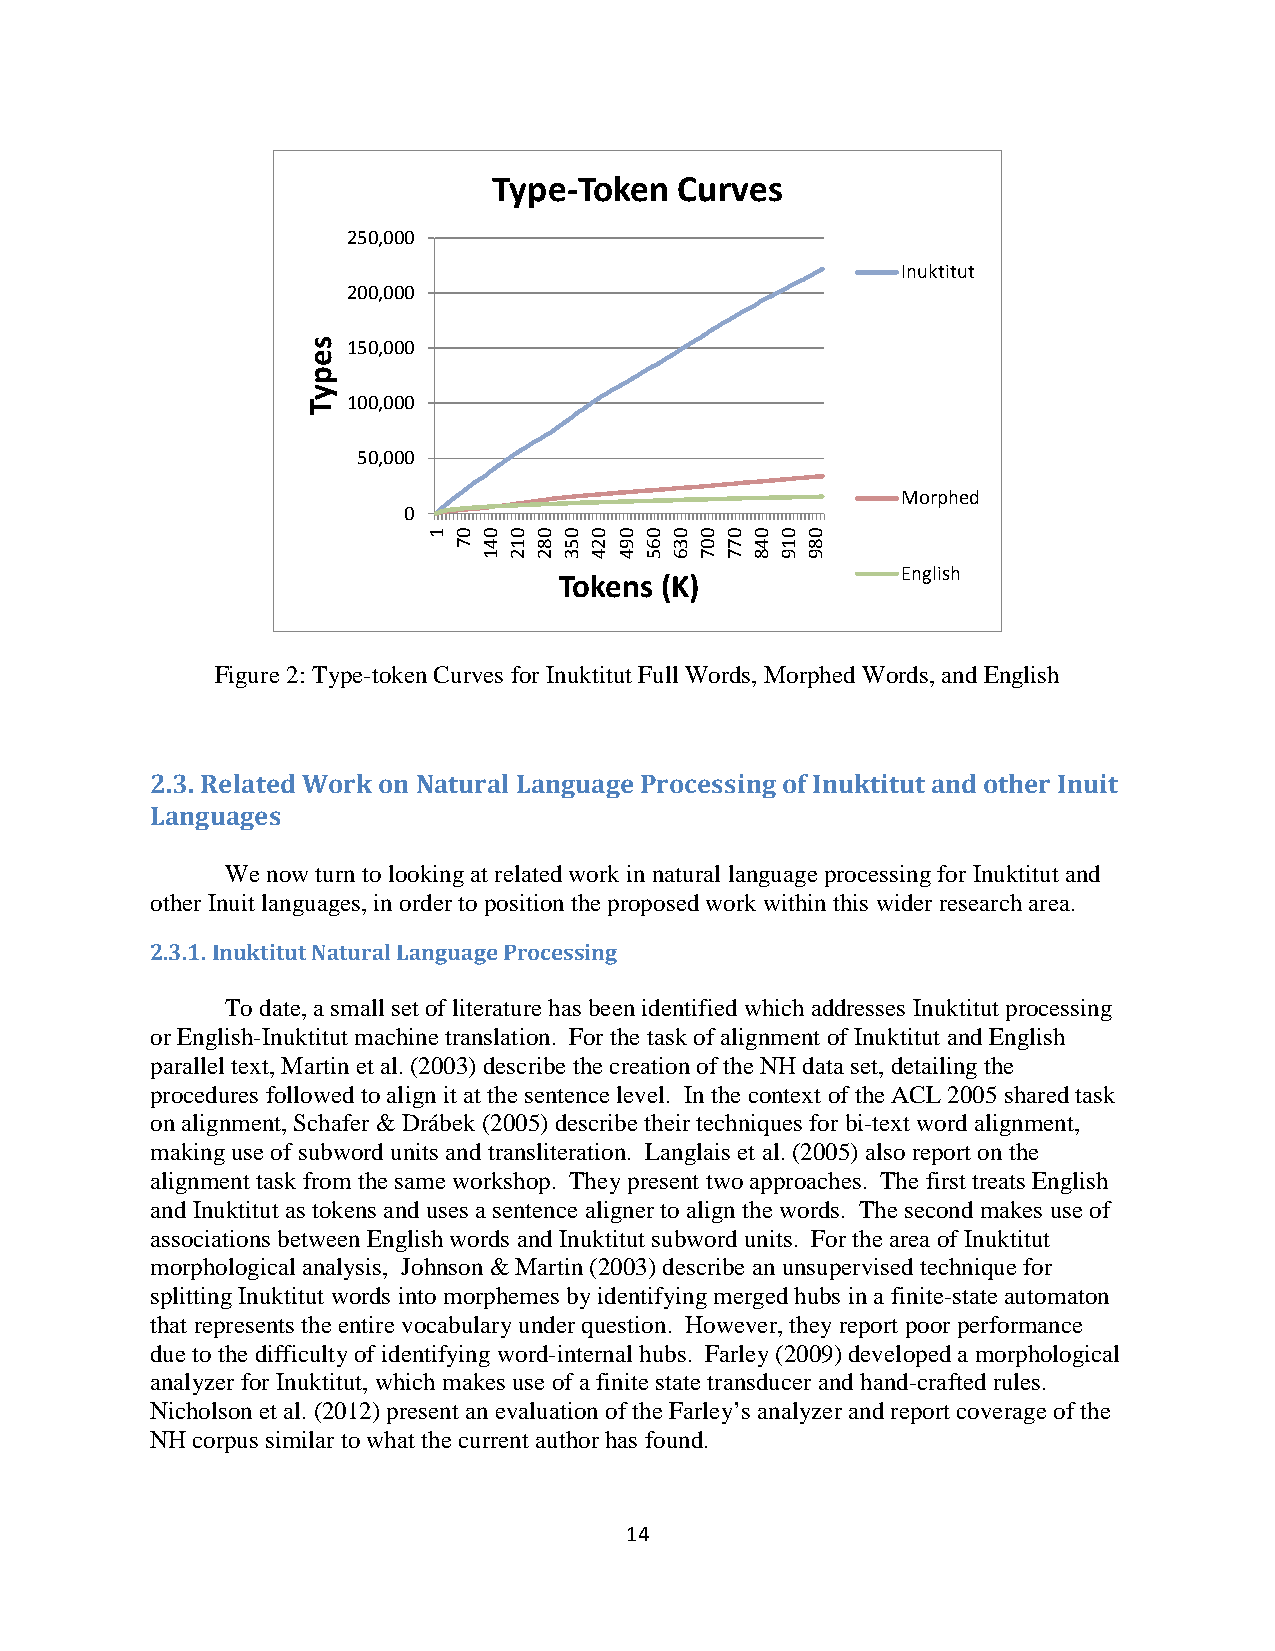
Type-Token  Curves
 250,000
 Inuktitut
 200,000
 Korean
 150,000                              Turkish
 Arabic
 100,000
 German
 50,000                              Chinese
 Morphed
 0
 English
 English
 Tokens (K)
 Figure 2: Type-token Curves for Inuktitut Full Words, Morphed Words, and English
 2.3. Related Work on Natural Language Processing of Inuktitut and other Inuit
 Languages
 We now turn to looking at related work in natural language processing for Inuktitut and
 other Inuit languages, in order to position the proposed work within this wider research area.
 2.3.1. Inuktitut Natural Language Processing
 To date, a small set of literature has been identified which addresses Inuktitut processing
 or English-Inuktitut machine translation. For the task of alignment of Inuktitut and English
 parallel text, Martin et al. (2003) describe the creation of the NH data set, detailing the
 procedures followed to align it at the sentence level. In the context of the ACL 2005 shared task
 on alignment, Schafer & Drábek (2005) describe their techniques for bi-text word alignment,
 making use of subword units and transliteration. Langlais et al. (2005) also report on the
 alignment task from the same workshop. They present two approaches. The first treats English
 and Inuktitut as tokens and uses a sentence aligner to align the words. The second makes use of
 associations between English words and Inuktitut subword units. For the area of Inuktitut
 morphological analysis, Johnson & Martin (2003) describe an unsupervised technique for
 splitting Inuktitut words into morphemes by identifying merged hubs in a finite-state automaton
 that represents the entire vocabulary under question. However, they report poor performance
 due to the difficulty of identifying word-internal hubs. Farley (2009) developed a morphological
 analyzer for Inuktitut, which makes use of a finite state transducer and hand-crafted rules.
 Nicholson et al. (2012) present an evaluation of the Farley’s analyzer and report coverage of the
 NH corpus similar to what the current author has found.
 14
 sepyT
 1 07 041 012 082 053 024 094 065 036 007 077 048 019 089